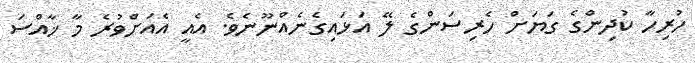
ހުރިހާ ކުދިންގެ ގަޔަށް ހެރިސަންގެ ލޭ އަޅައިގެނެއްނޫނެވެ. އެއީ އެއަށްވުރެ މާ ޚާއްސަ